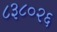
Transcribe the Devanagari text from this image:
८३८०२६